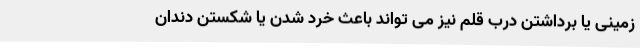
زمینی یا برداشتن درب قلم نیز می تواند باعث خرد شدن یا شکستن دندان